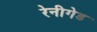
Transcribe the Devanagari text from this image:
रेनीगेड